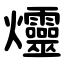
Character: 爧